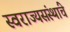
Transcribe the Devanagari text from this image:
स्वराज्यसंस्थांचे